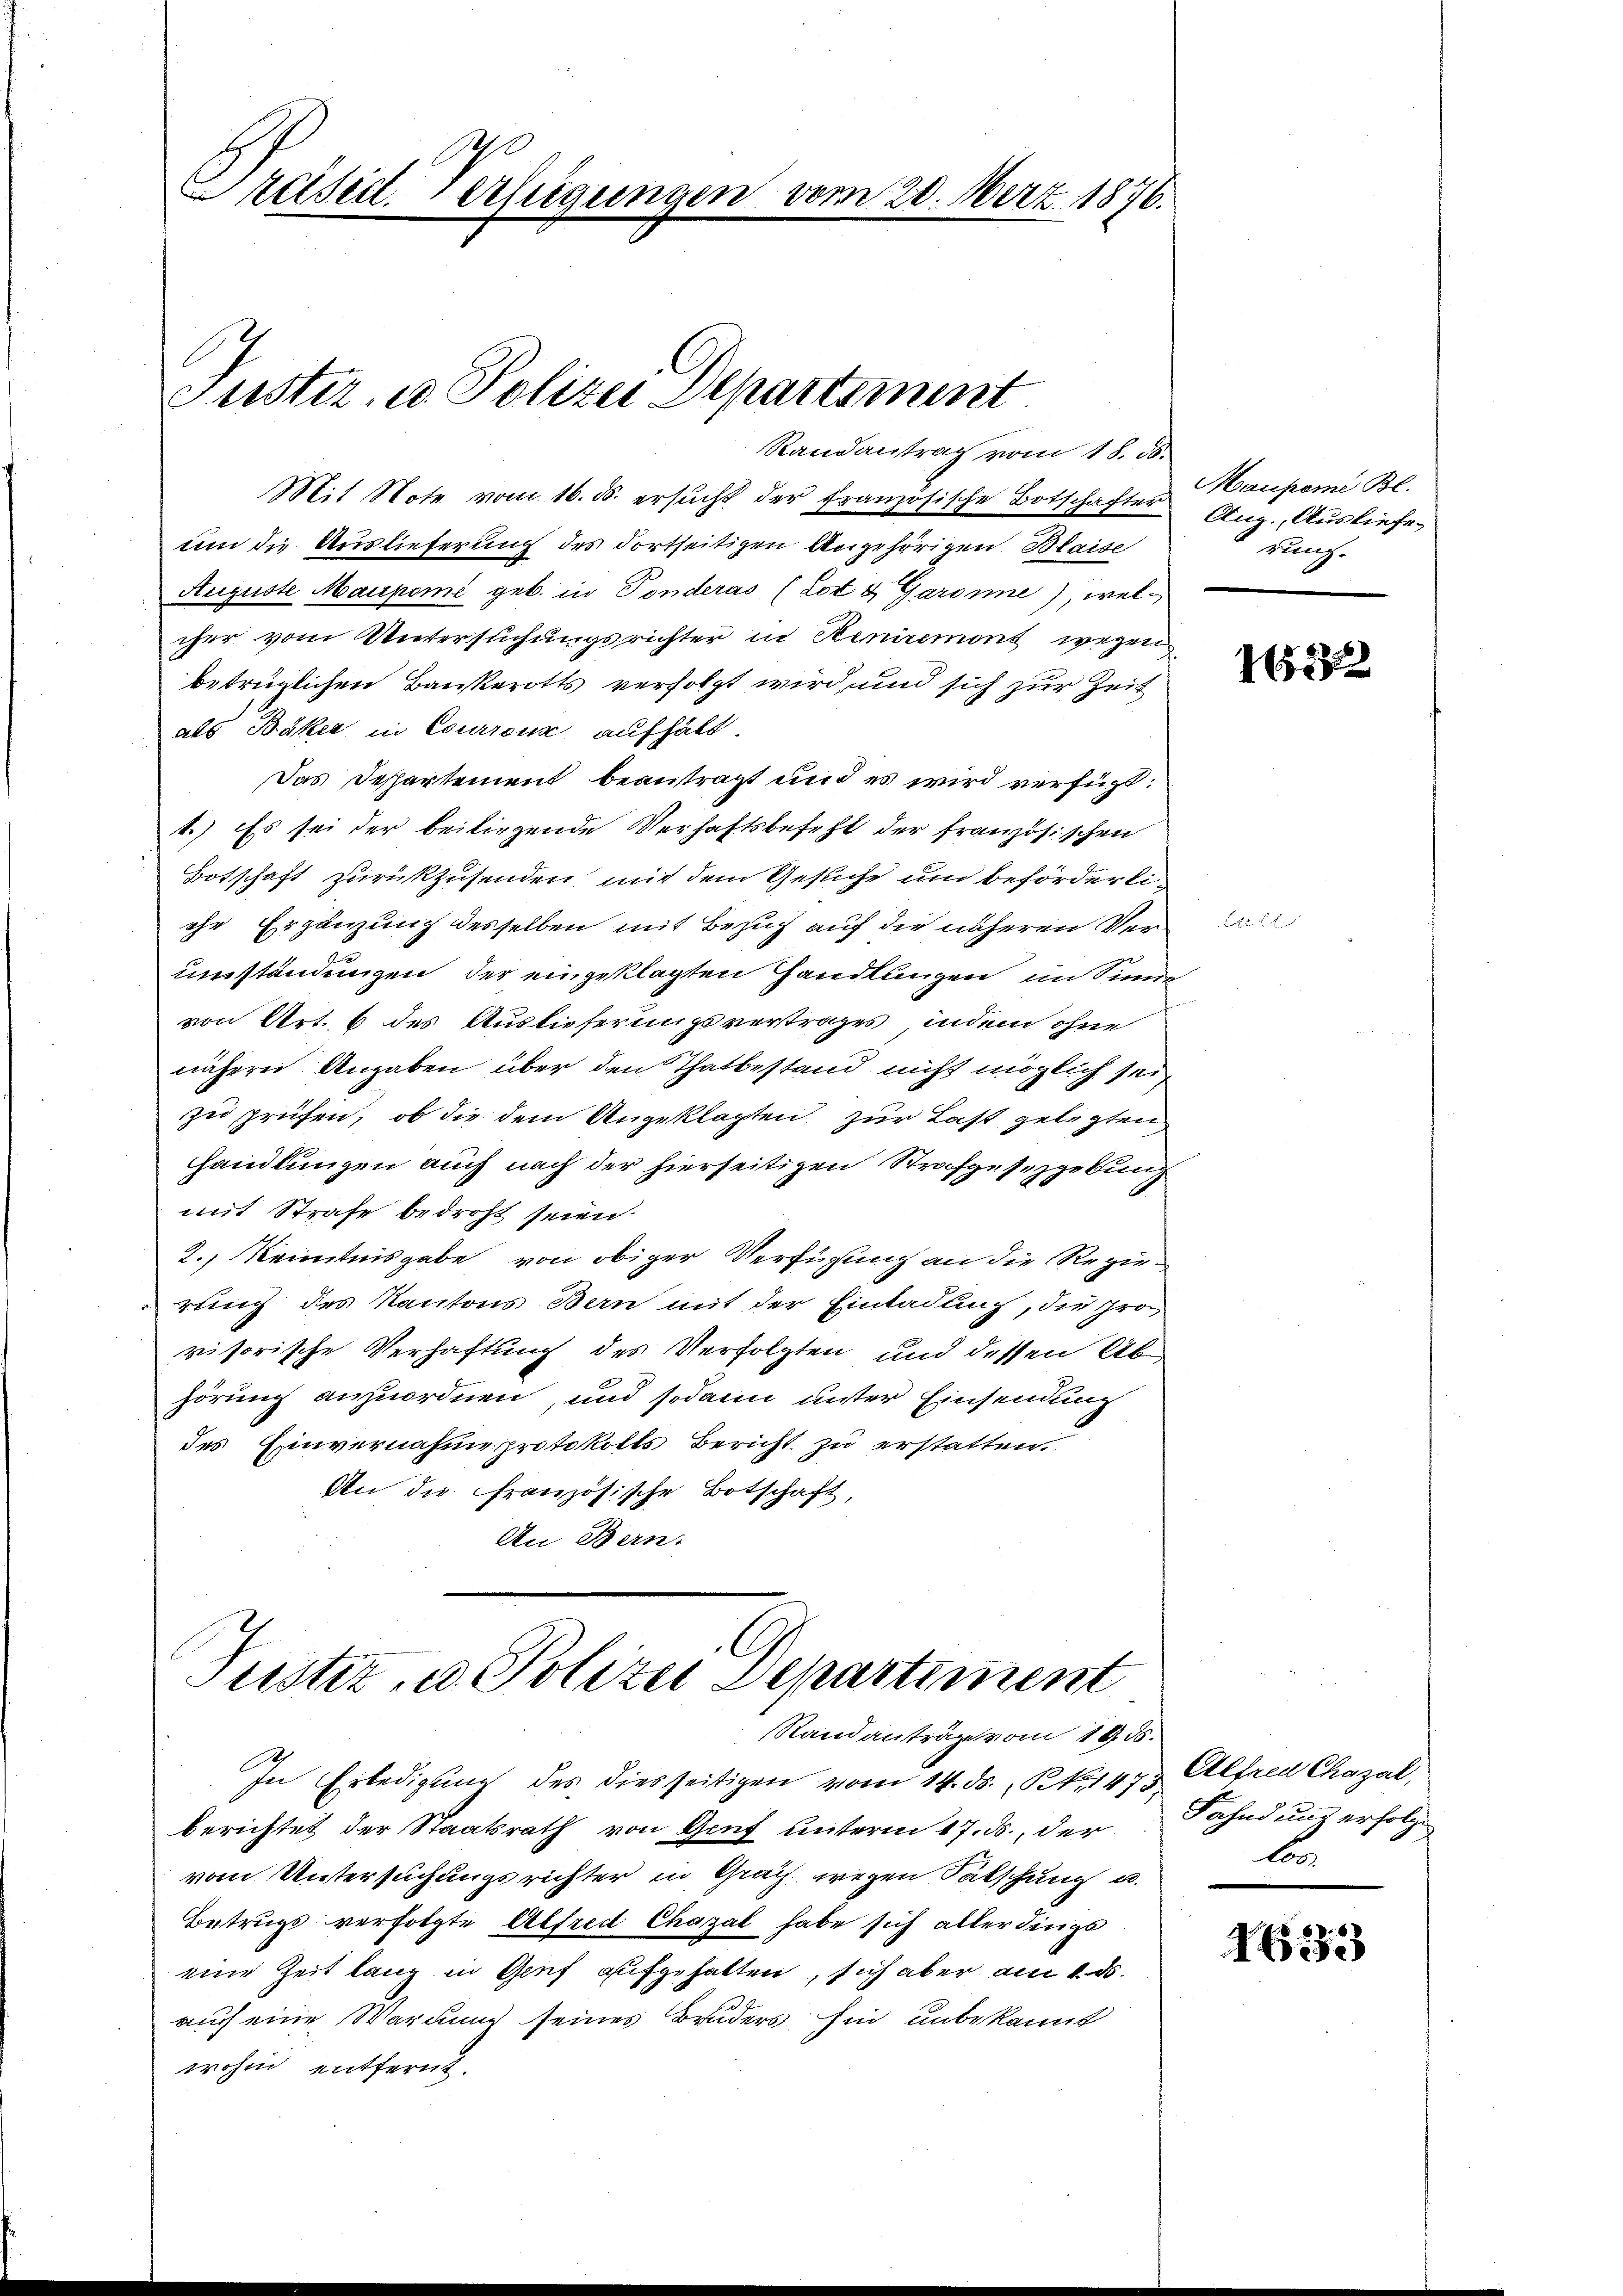
Präsid. Verfügungen vom 20. Merz 1876.

Mit Note vom 16. ds. ersŭcht der französische Botschafter Aug., Ausliefe
um die Auslieferung des dortseitigen Angehörigen Blaise
Auguste Maupome geb. in Tonderas (Lot & Garanne), welcher vom Untersuchungsrichter in Heniremont wegen
betrüglichen Bankerotts verfolgt wird, und sich zur Zeit
als Bäker in Courroux aufhält.
Das Departement beantragt und es wird verfügt:
1.) Es sei der beiliegende Verhaftsbefehl der französischen
Botschaft zurückzusenden, mit dem Gesuche und beförderliche Ergänzung desselben mit Bezug auf die näheren Verumständungen der eingeklagten Handlungen im Sinne
von Art. 6 des Auslieferungsvertrages, indem ohne
nähere Angaben über den Thatbestand nicht möglich sei,
zu prüfen, ob die dem Angeklagten zur Last gelegten
handlungen auch nach der hierseitigen Strafgesezgebung
mit Strafe bedroht seien.
2., Kenntnisgabe von obiger Verfügung an die Regierung des Kantons Bern mit der Einladung, die pro
visorische Verhaftung des Verfolgten und dessen Abhörung anzuordnen, und sodann unter Einsendung
des Einvernahme protokolls Bericht zu erstatten.
An die französische Botschaft,
An Bern.

Justiz- u. Polizei Departement
Randantrag vom 18. ds.

Puster u. Polizei Departiment
Randanträge vom 19. ds.

In Erledigung des diesseitigen vom 14. ds. R. 473 Alfred Chazal,
berichtet der Staatsrath von Genf unterm 17. ds., der
vom Untersuchungsrichter in Graz wegen Sätschung u.
Betrugs verfolgte Alfred Chazal habe sich allerdings
eine Zeit lang in Genf aufgehalten, sich aber am 1. ds.
auch eine Warnung seines Bruders hin unbekannt
wohne entfernt.

Mankome Bl.
rung.

165832

Fahndung erfolg
be

1635